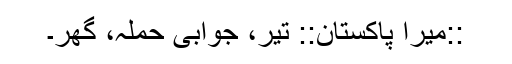
::میرا پاکستان:: تیر، جوابی حملہ، گھر۔